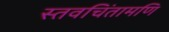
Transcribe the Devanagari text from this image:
स्तवचिंतामणि